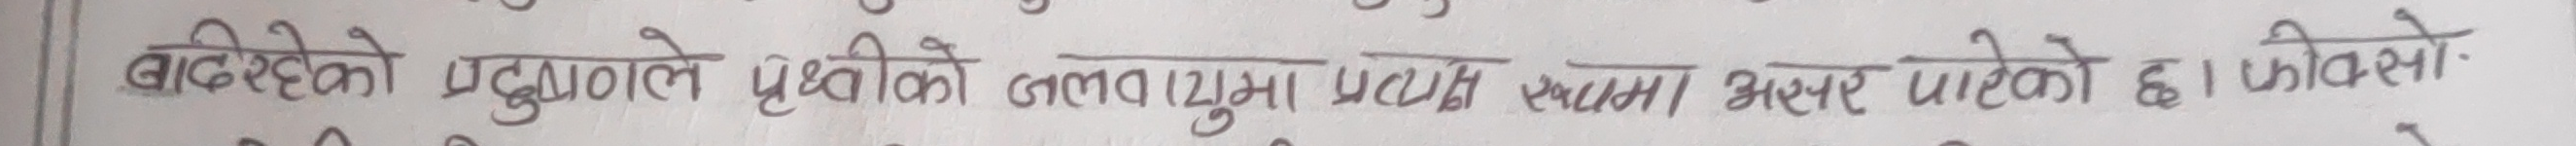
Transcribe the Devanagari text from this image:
बदलिएको प्रदूषणले पृथ्वीको जलवायुमा प्रत्यक्ष रूपमा असर पारेको छ। किनभने,